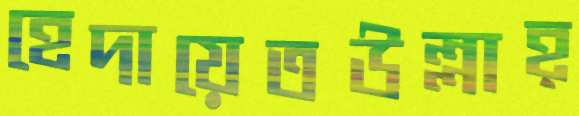
হেদায়েতউল্লাহ্